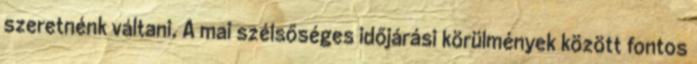
szeretnénk váltani. A mai szélsőséges időjárási körülmények között fontos